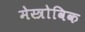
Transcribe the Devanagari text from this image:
मेस्त्रोविक